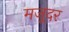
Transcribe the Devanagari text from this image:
मजूदर